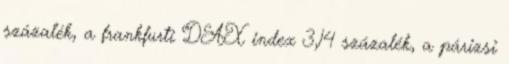
százalék, a frankfurti DAX index 3,14 százalék, a párizsi